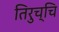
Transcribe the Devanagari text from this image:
तिरुच्चि